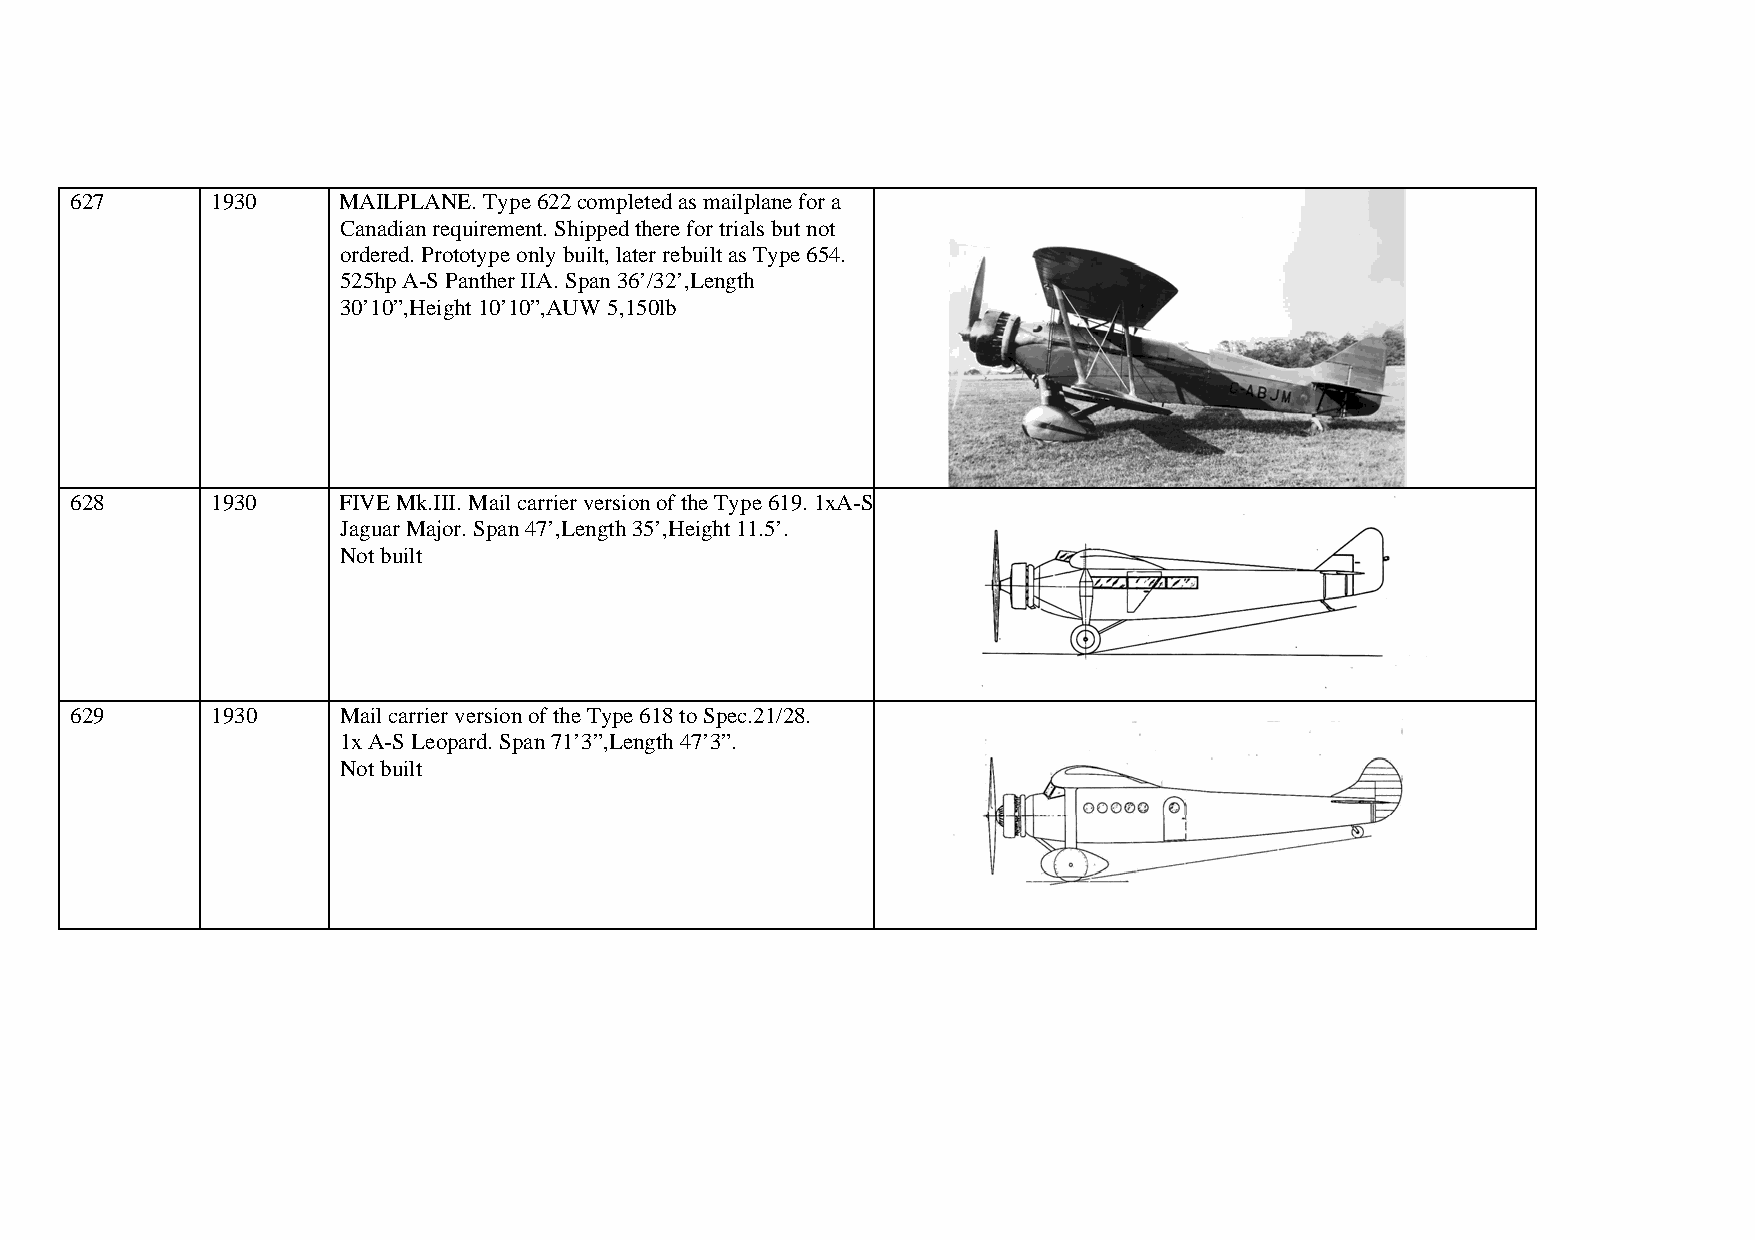
627      1930    MAILPLANE. Type 622 completed as mailplane for a
 Canadian requirement. Shipped there for trials but not
 ordered. Prototype only built, later rebuilt as Type 654.
 525hp A-S Panther IIA. Span 36’/32’,Length
 30’10”,Height 10’10”,AUW 5,150lb
 628      1930    FIVE Mk.III. Mail carrier version of the Type 619. 1xA-S
 Jaguar Major. Span 47’,Length 35’,Height 11.5’.
 Not built
 629      1930    Mail carrier version of the Type 618 to Spec.21/28.
 1x A-S Leopard. Span 71’3”,Length 47’3”.
 Not built